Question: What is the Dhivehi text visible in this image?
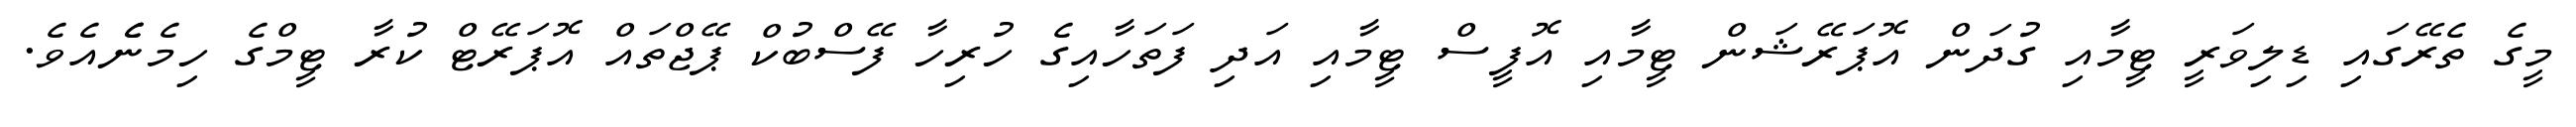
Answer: މީގެ ތެރޭގައި ޑިލިވަރީ ޓީމާއި ގުދަން އޮޕަރޭޝަން ޓީމާއި އޮފީސް ޓީމާއި އަދި ފަތަހާއިގެ ހުރިހާ ފޭސްބުކް ޕޭޖްތައް އޮޕަރޭޓް ކުރާ ޓީމްގެ ހިމެނެެއެވެ.